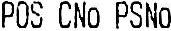
POS CNO PSNO